Leaving Certificate Examination (including Day School Certificate (Higher) General paper), 1938
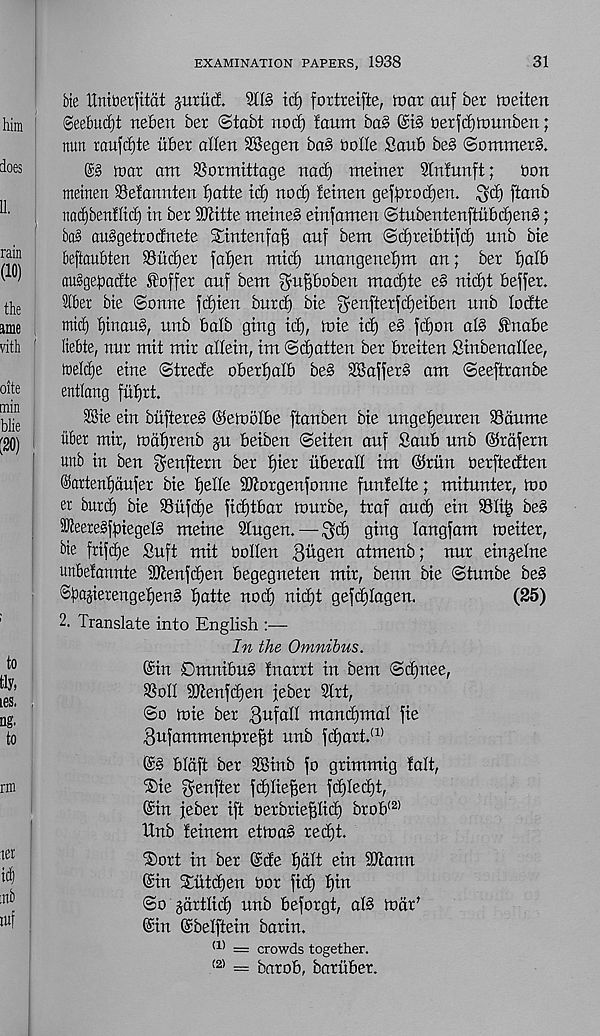
EXAMINATION PAPERS, 1938
31
bte Unioerfitat juxitcf. SCIS id) fortreifte, tear auf ber toeiten
@eebud§t neben ber ©tabt nocf) laum ba§
berfd)tt)UTiben;
nun raufebte liber alien SSegen ba§ bolle Saub be§ ®ommer§.
mar am SSormittage nacf) meiner Slnfimft;
bon
meinen SSefannten I) a tie id) nod) letnen gefprodjen. $d) ftanb
nac^benflid) in ber 931itte meineg einfamen <Stnbentenftnbd)en§;
ba§ auggetrodnete Sintenfafi anf bem ©djreibtifd) nnb bie
beftaubten SSitd)er fafjen mid) nnangene^m an; ber I)alb
au^gebaefte foffer anf bem ^u^boben madjte eg nid)t beffer.
Slber bie ©onne fd)ien burd) bie $enfterfd)eiben nnb lodte
mid) ffinaug, nnb balb ging id), toie id) eg fdjon alg fnabe
liebte, nur mit mir allein, im ©d) at ten ber breiten Sinbenallee,
tuelcf)e eine ©trede obertjalb beg SBafferg am ©eeftranbe
entlang fuffrt.
SBie ein biiftereg ©einolbe ftanben bie nngetjeuren 93dume
liber mir, toaffrenb ju beiben ©eiten anf Saub nnb ©rafern
unb in ben ^enftern ber I)ier itberall im ©riin berftedten
©artenfjdufer bie fjelle SKorgenfonne funlelte; mitnnter, too
er burd) bie SBiifdfe fidjtbar tonrbe, traf and) ein Slit) beg
SOleeregfbiegelg meine 2Ingen. — ^d) ging langfam toeiter,
bte frifdje Soft mit Oollen BiiQen atmenb; nur einjelne
unbelannte 9Jlenfd)en begegneten mir, benn bie ©tunbe beg
©basierengelfeng I)atte nod) nid)t gefdjlagen.
(25)
2. Translate into English :—
In the Omnibus.
©in Dmnibug tnarrt in bem ©dfnee,
i8olI aJienfdjen feber 9lrt,
©o toie ber Befall mand)mal fie
Bufammenfjre^t nnb fd)art. (1)
©g bldft ber dBinb fo grimmig fait,
®ie fyeufter fdjlie^en fd)Ied)t,
©in feber ift oerbriefjlid) brob (2)
ttnb feinem ettoag redjt.
Tjort in ber ©de I)dlt ein 9Hann
©in Stlitdjen Dor fic^ I)in
©o gartlid) nnb beforgt, alg todr'
©in ©belftein barin.
(1) = crowds together.
(2) = barob, barliber.